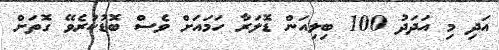
އަދި މި އަދަދު 100 ބިލިއަން ޑޮލަރާ ހަމައަށް ވެސް ބޮޑުކުރެވޭ ގޮތަށް